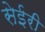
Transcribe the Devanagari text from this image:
सेईरी